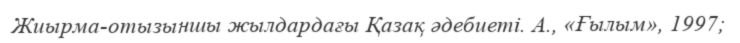
Жиырма-отызыншы жылдардағы Қазақ әдебиеті. А., «Ғылым», 1997;